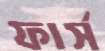
ফার্স